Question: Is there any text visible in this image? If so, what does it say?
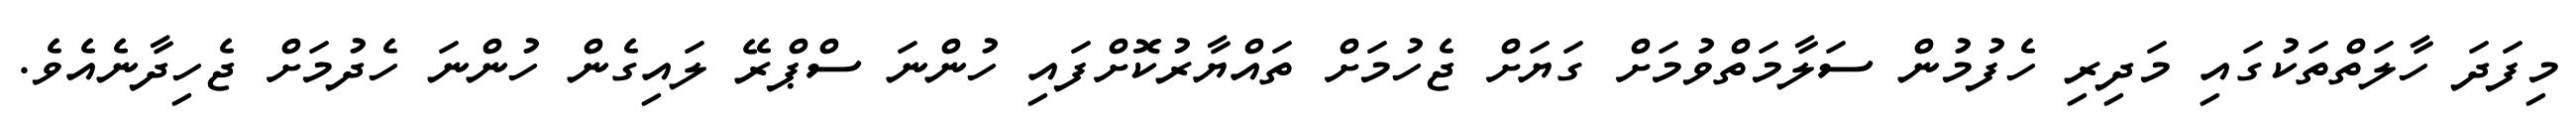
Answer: މިފަދަ ހާލަތްތަކުގައި މަދިރި ހެފުމުން ސަލާމަތްވުމަށް ގަޔަށް ޖެހުމަށް ތައްޔާރުކޮށްފައި ހުންނަ ސްޕްރޭ ލައިގެން ހުންނަ ހެދުމަށް ޖެހިދާނެއެވެ.